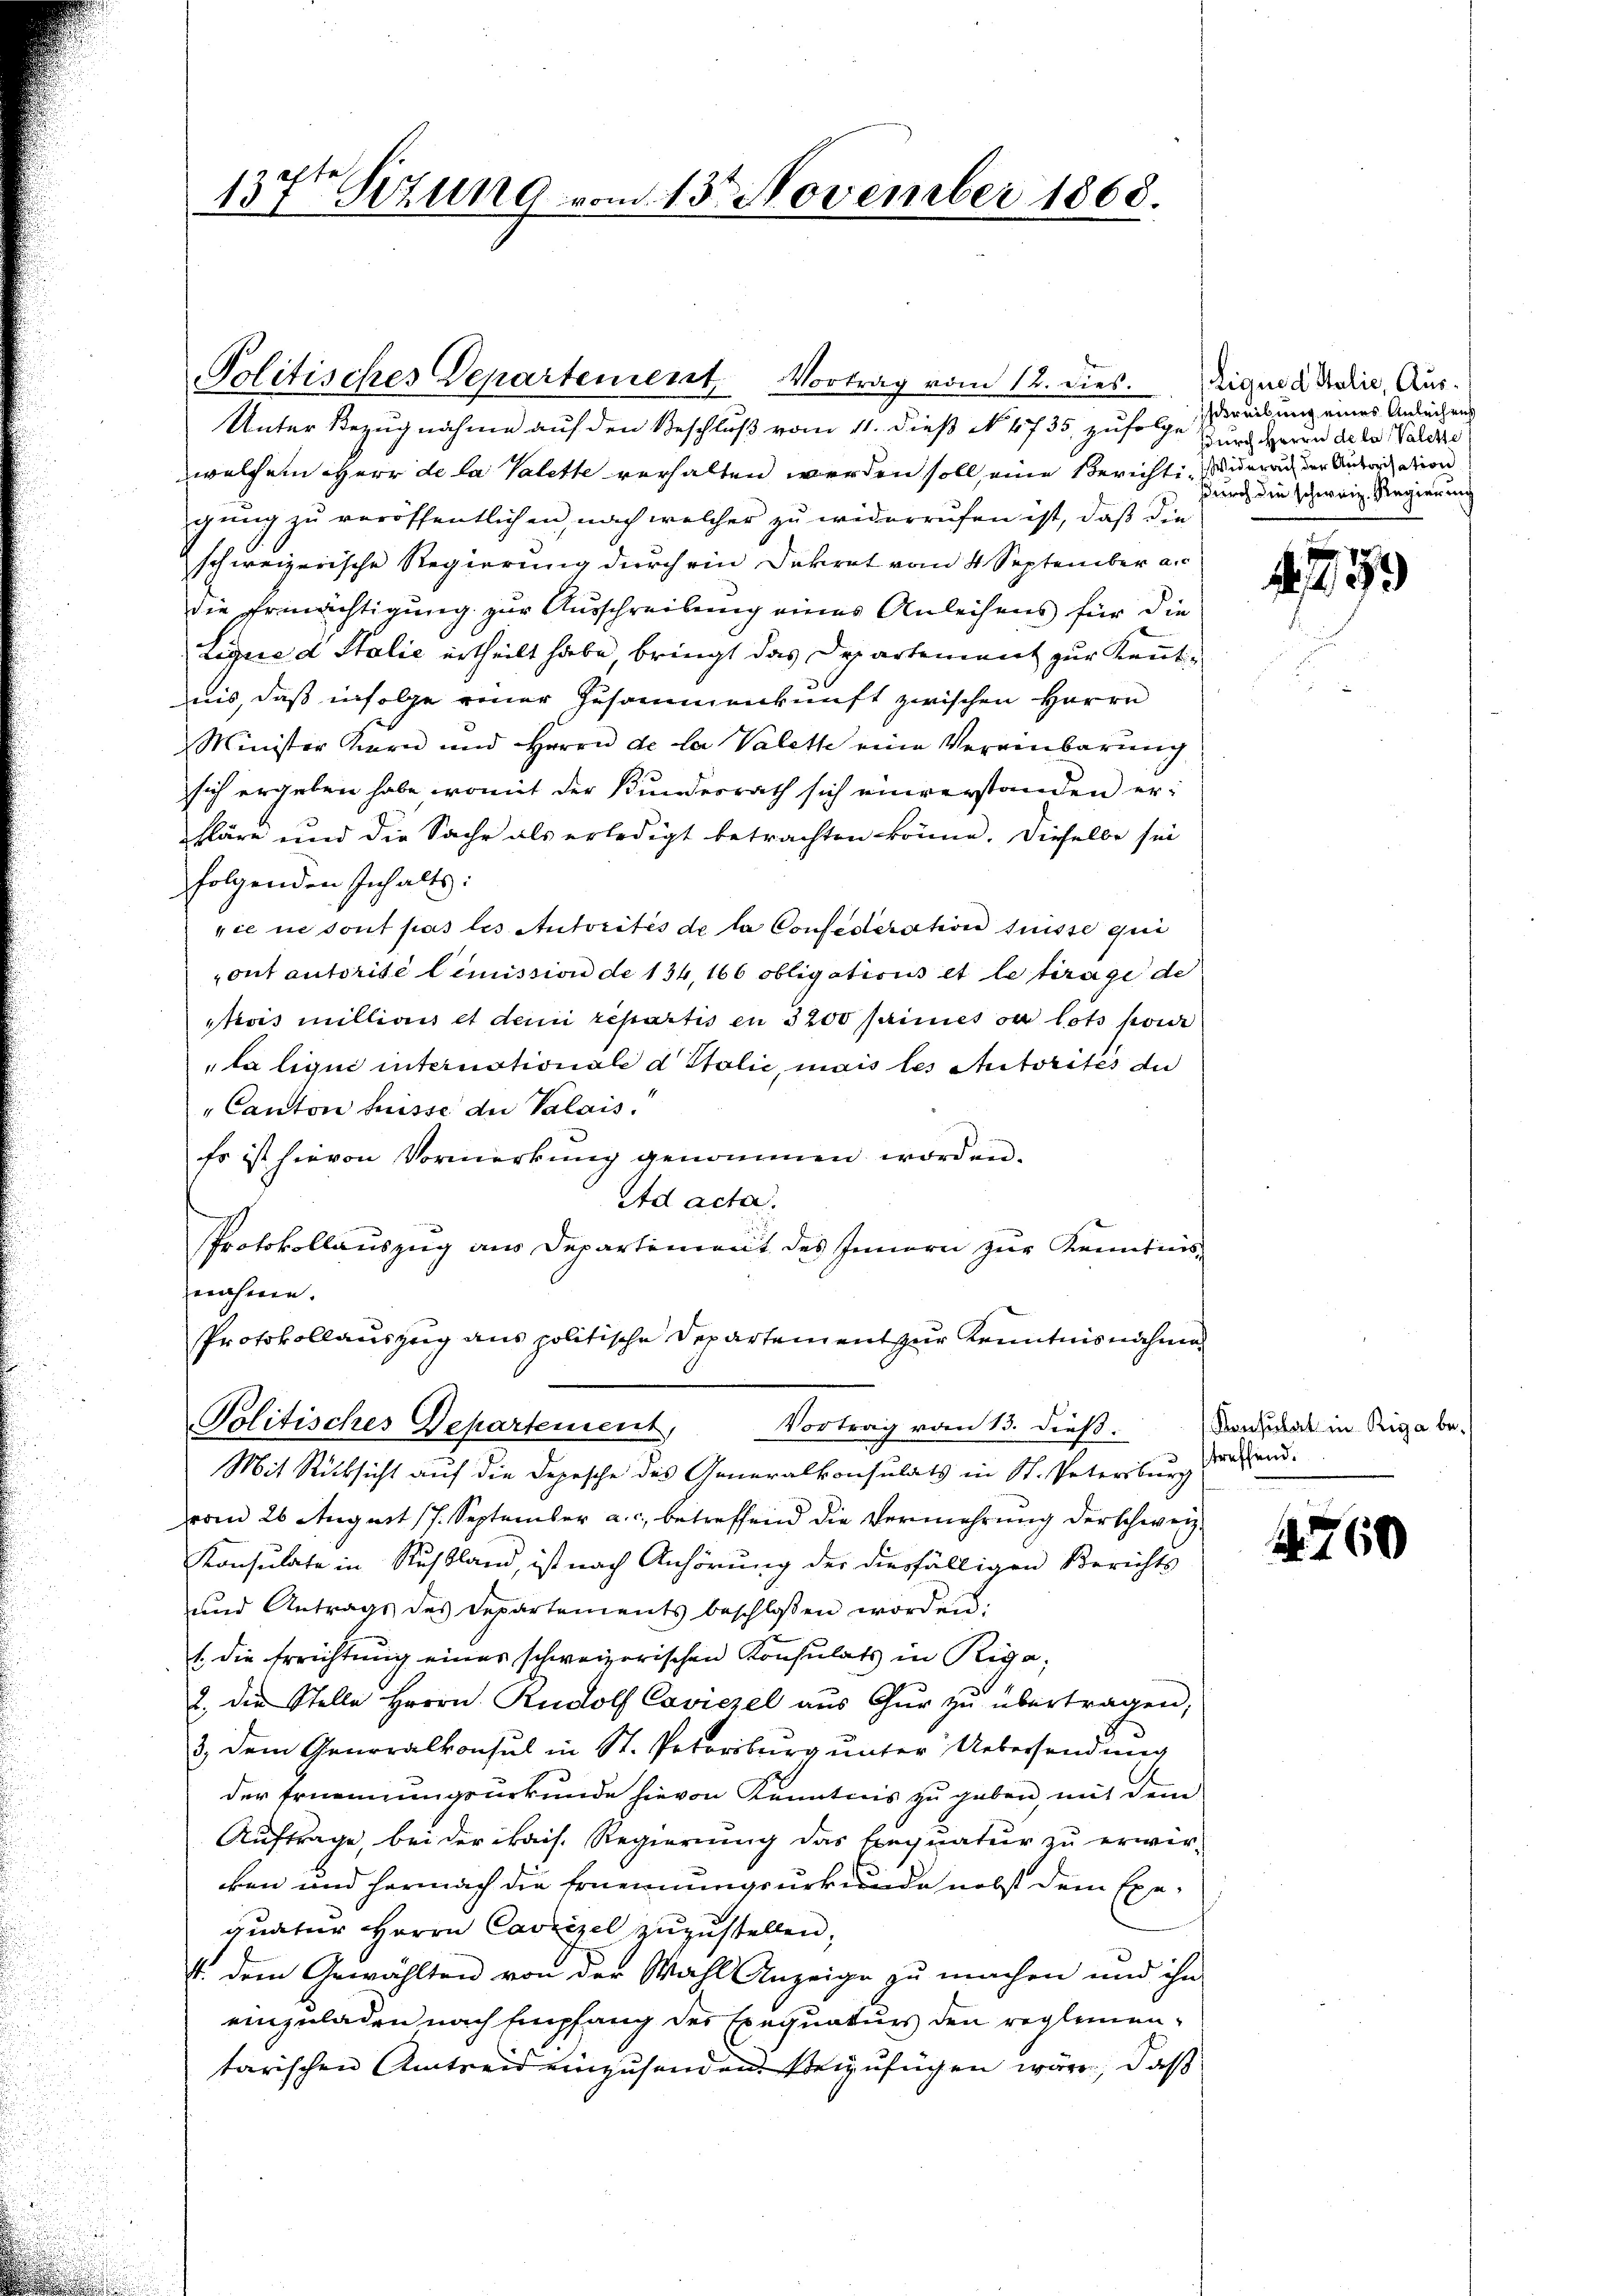
137ten Sitzung vom 13. November 1863.

Politisches Departement, Vortrag vom 12. dies
Unter Bezugnahme auf den Beschluß vom 11. dieß No. 4735. zufolge zur Herrn de la Valesze
welchem Herr de la Valette verhalten werden soll eine Berichti- Widerung der Antration
gung zu veröffentlichen, nach welcher zu widerrufen ist, daß die
schweizerische Regierung durch ein Dekret vom 4 September a.c.
die Ermächtigung zur Ausschreibung eines Anleihens für die
Ligue d Stalie ertheilt habe, bringt das Departement zur Kenntnis, daß infolge einer Zusammenkunft zwischen Herrn
Minister Kern und Herrn de la Valette eine Vereinbarung
sich ergeben habe, womit der Kundesrath sich einverstanden erkläre und die Sache als erledigt betrachten könne. Dieselbe sei
folgenden Inhalts:
rie ne sont pas les Autorités de la Confederation frisse qui
ont autorisé limission de 134, 166 obligations et le trage de
trois millionis et dem repartis en 3200 seines ou lots pour
la liqui internationale d Stolić, mais les Autorites du
"Canton heisse du Valais.
Es ist hievon Vormerkung genommen worden.
Ad acta.
Protokollauszug aus Departement des Innern zur Kenntnisenahmen.
Protokollauszug aus politische Departement zur Kenntnisnahmen
Politisches Departement,
Vortrag vom 13. dieß.
Mit Rücksicht auf die Depesche des Generalkonsulats in St. Petersburg
vom 26. August 17. September a.c. betreffend die Vermehrung der schweiz.
Konsulate in Russland, ist nach Anhörung der diesfälligen Berichts
und Antrags des Departements beschlossen worden.
1. die Errichtung eines schweizerischen Konsulats in Riga
2. die Stelle Herrn. Rudolf Csviezel aŭs Gŭr zŭ übertragen,
3.) Dem Generalkonsul in St. Potoriburg unter Uebersendung
der Ernennungsurkunde hievon Kenntnis zu geben, mit dem
Auftrage, bei der kais. Regierung das Exequatur zu erwirken und hermach die Ernennungsurkunde nebst dem Exequatur Herrn Cavzizel zuzustellen,
4. dem Gewählten von der Wahl Anzeige zu machen und ihn
einzuladen nach Empfang des Exequaturs den reglementarischen Amtreid einzusenden beizufügen wäre, daß

Liquid Italie, Auscreibung eines Anleihens
durch die schweiz. Regierung

4759

Konsulat in Riga betreffend.

4. 760